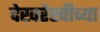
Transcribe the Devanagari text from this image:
देखरेखीच्या